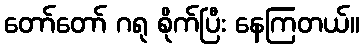
တော်တော် ဂရု စိုက်ပြီး နေကြတယ်။